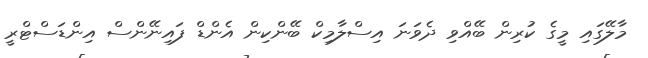
މާލޭގައި މީގެ ކުރިން ބޭއްވި ދެވަނަ އިސްލާމިކް ބޭންކިން އެންޑް ފައިނޭންސް އިންޑަސްޓްރީ